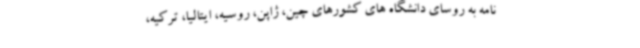
نامه به روسای دانشگاه های کشورهای چین، ژاپن، روسیه، ایتالیا، ترکیه،